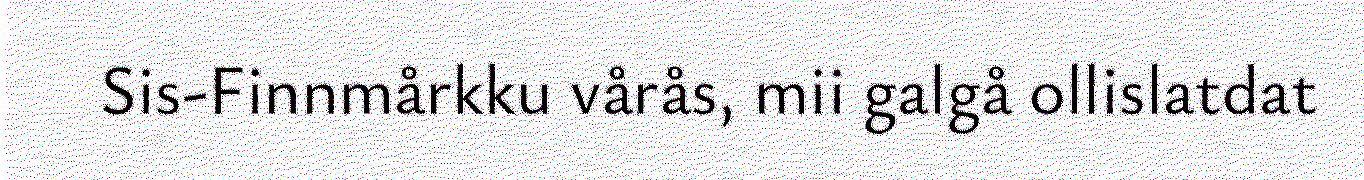
Sis-Finnmårkku vårås, mii galgå ollislatdat